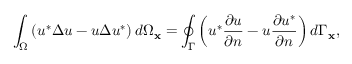
\int _ { \Omega } \left( u ^ { * } \Delta u - u \Delta u ^ { * } \right) d \Omega _ { \mathbf { x } } = \oint _ { \Gamma } \left( u ^ { * } \frac { \partial u } { \partial n } - u \frac { \partial u ^ { * } } { \partial n } \right) d \Gamma _ { \mathbf { x } } ,